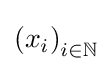
\left(x_{i}\right)_{i\in \mathbb {N} }